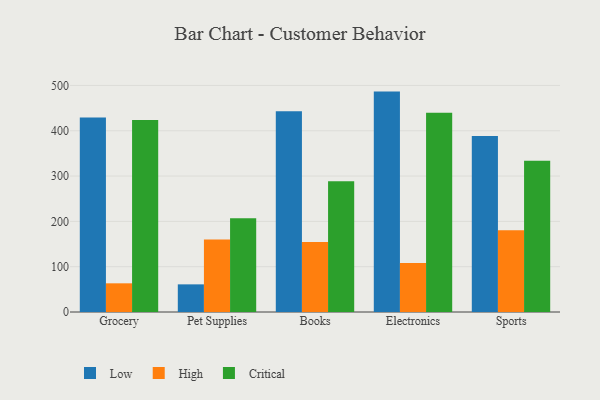
{"axis": {"x": "Category", "y": "Active Users"}, "legend": ["Critical", "High", "Low"], "data": [{"x": "Grocery", "y": 429.5, "type": "Low"}, {"x": "Grocery", "y": 63.3, "type": "High"}, {"x": "Grocery", "y": 423.9, "type": "Critical"}, {"x": "Pet Supplies", "y": 61.0, "type": "Low"}, {"x": "Pet Supplies", "y": 160.1, "type": "High"}, {"x": "Pet Supplies", "y": 206.7, "type": "Critical"}, {"x": "Books", "y": 442.8, "type": "Low"}, {"x": "Books", "y": 154.4, "type": "High"}, {"x": "Books", "y": 288.3, "type": "Critical"}, {"x": "Electronics", "y": 486.4, "type": "Low"}, {"x": "Electronics", "y": 108.2, "type": "High"}, {"x": "Electronics", "y": 439.7, "type": "Critical"}, {"x": "Sports", "y": 388.2, "type": "Low"}, {"x": "Sports", "y": 180.4, "type": "High"}, {"x": "Sports", "y": 334.0, "type": "Critical"}]}